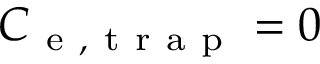
C _ { \mathrm { ~ e ~ , ~ t ~ r ~ a ~ p ~ } } = 0